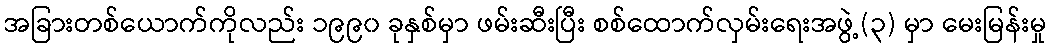
အခြားတစ်ယောက်ကိုလည်း ၁၉၉၀ ခုနှစ်မှာ ဖမ်းဆီးပြီး စစ်ထောက်လှမ်းရေးအဖွဲ့(၃) မှာ မေးမြန်းမှု